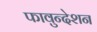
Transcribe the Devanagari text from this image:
फावुन्देशन